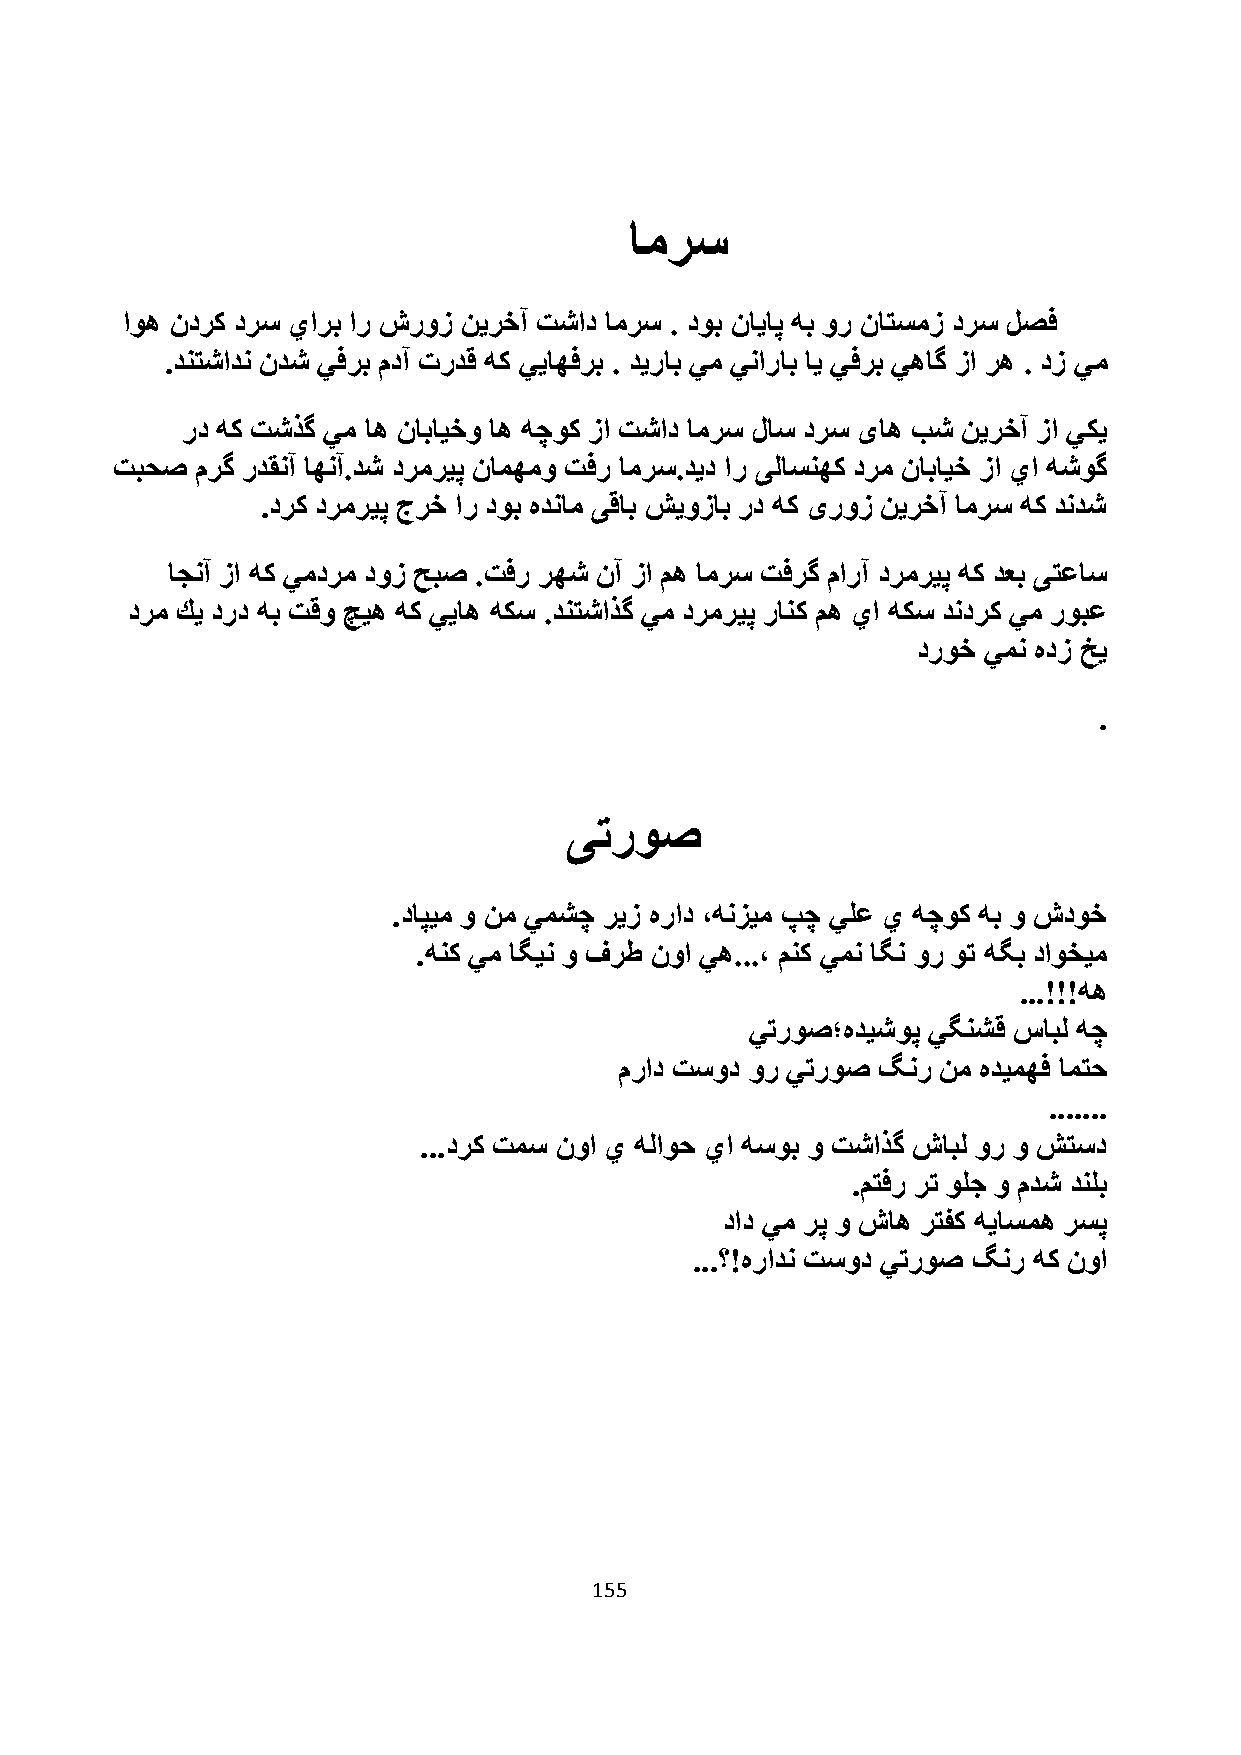
امرس
 اوه ندرك درس يارب ار شروز نيرخآ تشاد امرس . دوب ناياپ هب ور ناتسمز درس لصف
 .دنتشادن ندش يفرب مدآ تردق هك يياهفرب . ديراب يم يناراب اي يفرب يهاگ زا ره . دز يم
 رد هك تشذگ يم اه نابايخو اه هچوك زا تشاد امرس لاس درس یاه بش نيرخآ زا يكي
 تبحص  مرگ ردقنآ اهنآ.دش درمريپ نامهمو تفر امرس.ديد ار یلاسنهك درم نابايخ زا يا هشوگ
 .درک درمريپ جرخ ار دوب هدنام یقاب شيوزاب رد هک یروز نيرخآ امرس هك دندش
 اجنآ زا هك يمدرم دوز حبص .تفر رهش نآ زا مه امرس تفرگ مارآ درمريپ هک دعب یتعاس
 درم كي درد هب تقو چيه هك يياه هكس .دنتشاذگ يم درمريپ رانك مه يا هكس دندرك يم روبع
 دروخ يمن هدز خي
 .
 یتروص
 .داپيم و نم يمشچ ريز هراد ،هنزيم پچ يلع ي هچوک هب و شدوخ
 .هنک يم اگين و فرط نوا يه...، منک يمن اگن ور وت هگب داوخيم
 ...!!!هه
 يتروص؛هديشوپ يگنشق سابل هچ
 مراد تسود ور يتروص گنر نم هديمهف امتح
 .......
 ...درک تمس نوا ي هلاوح يا هسوب و تشاذگ شابل ور و شتسد
 .متفر رت ولج و مدش دنلب
 داد يم رپ و شاه رتفک هياسمه رسپ
 ...؟!هرادن تسود يتروص گنر هک نوا
 155